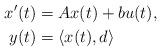
LaTeX: \begin{align*} x'(t)&=Ax(t)+bu(t),\\y(t)&=\langle x(t),d\rangle \end{align*}